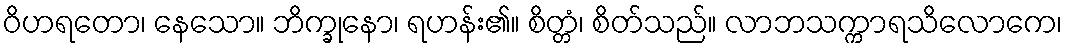
ဝိဟရတော၊ နေသော။ ဘိက္ခုနော၊ ရဟန်း၏။ စိတ္တံ၊ စိတ်သည်။ လာဘသက္ကာရသိလောကေ၊